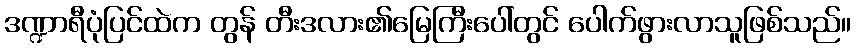
ဒဏ္ဍာရီပုံပြင်ထဲက တွန် တီးဒလား၏မြေကြီးပေါ်တွင် ပေါက်ဖွားလာသူဖြစ်သည်။